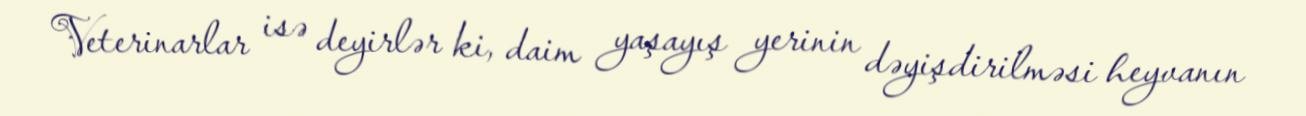
Veterinarlar isə deyirlər ki, daim yaşayış yerinin dəyişdirilməsi heyvanın